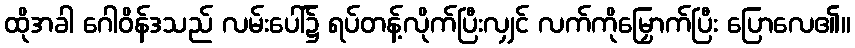
ထိုအခါ ဂေါဝိန်ဒသည် လမ်းပေါ်၌ ရပ်တန့်လိုက်ပြီးလျှင် လက်ကိုမြှောက်ပြီး ပြောလေ၏။